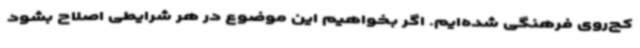
کج‌روی فرهنگی شده‌ایم. اگر بخواهیم این موضوع در هر شرایطی اصلاح بشود